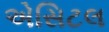
એસિટલ